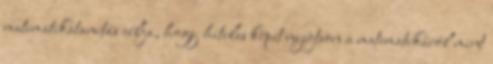
matematikatanítás célja, hogy hiteles képet nyújtson a matematikáról mint